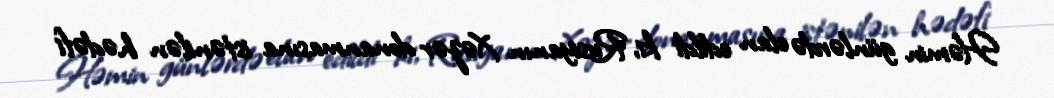
Həmin günlərdə elan edildi ki, Rusiyanın Xəzər donanmasına istənilən hədəfi